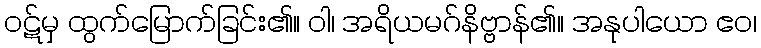
ဝဋ်မှ ထွက်မြောက်ခြင်း၏။ ဝါ၊ အရိယမဂ်နိဗ္ဗာန်၏။ အနုပါယော ဧဝ၊